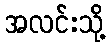
အလင်းသို့